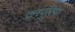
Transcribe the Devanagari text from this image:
दनपुरिया